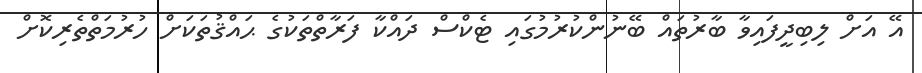
އޭ އަށް ލިބިދީފައިވާ ބާރުތައް ބޭނުންކުރުމުގައި ޓެކްސް ދައްކާ ފަރާތްތަކުގެ ޙައްޤުތަކަށް ހުރުމަތްތެރިކޮށް